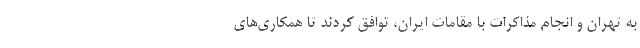
به تهران و انجام مذاکرات با مقامات ایران، توافق کردند تا همکاری‌های